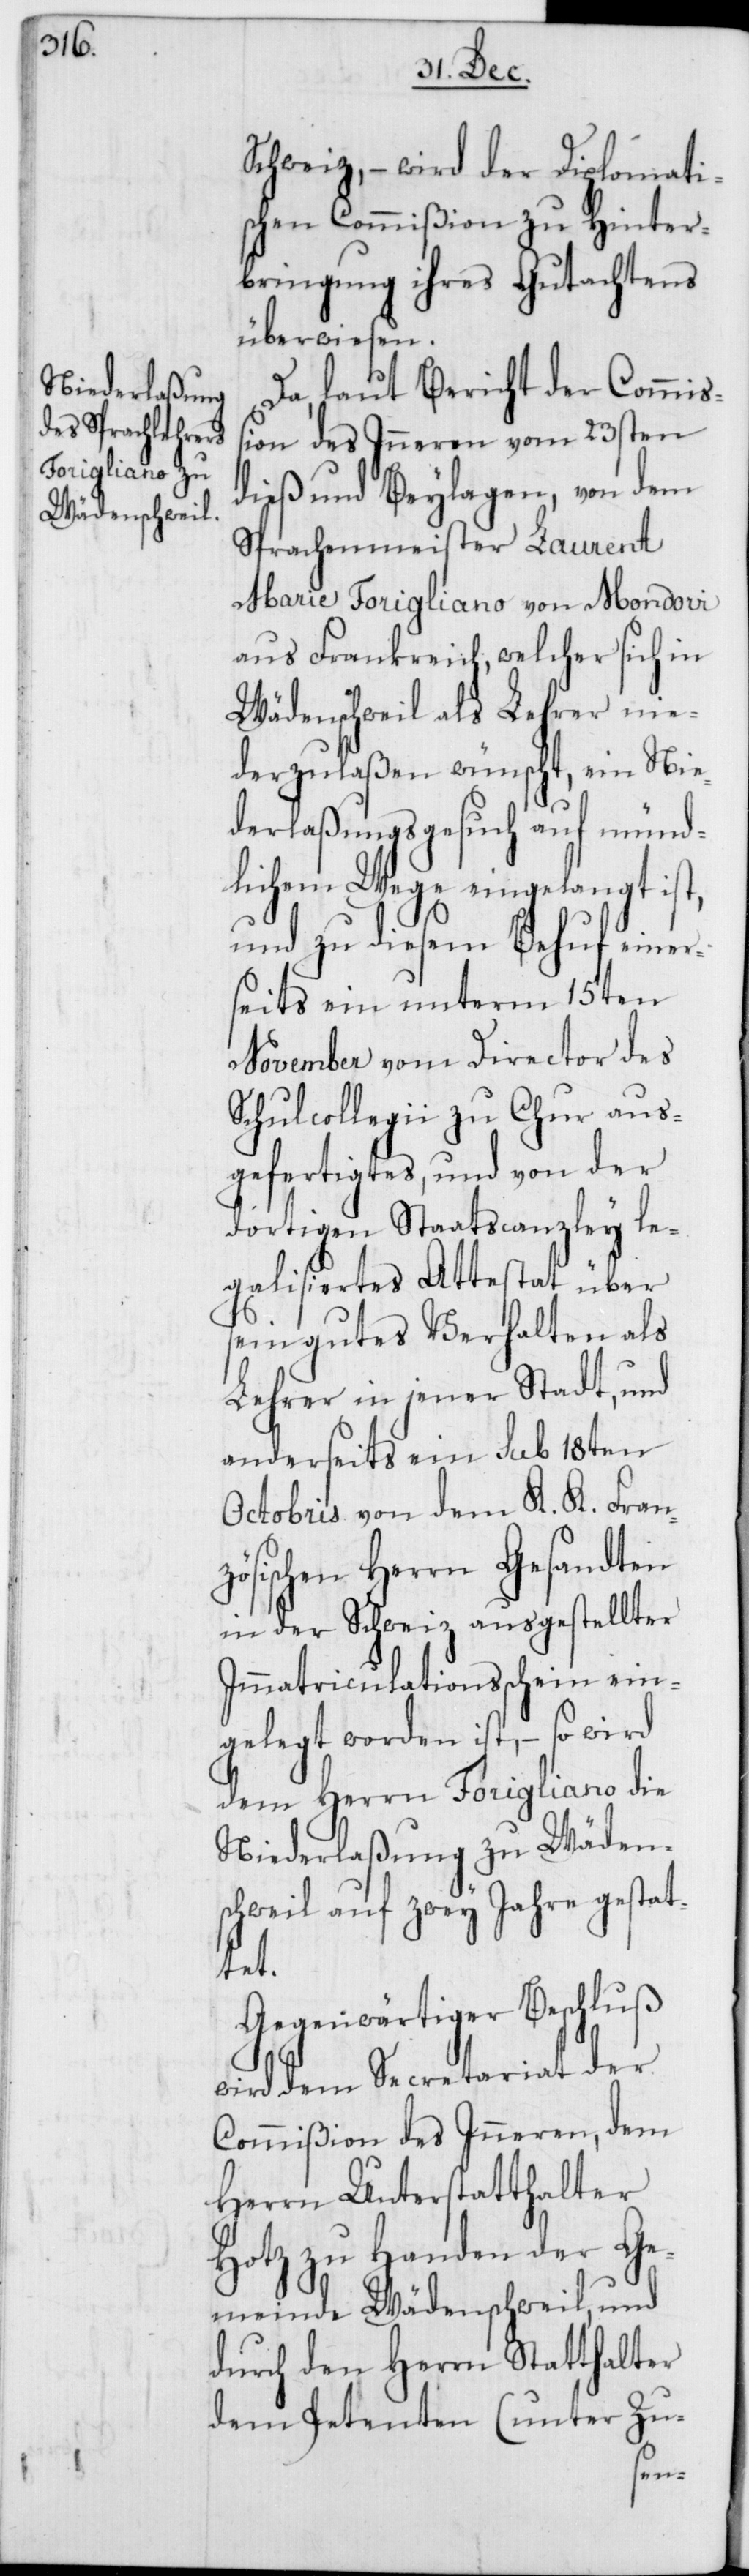
Schweiz, – wird der Diplomati¬
schen Commißion zu Hinter¬
bringung ihres Gutachtens
überwiesen.
Da, laut Bericht der Commiß¬
ion des Inneren vom 23sten
dieß und Beylagen, von dem
Sprachenmeister Laurent
Marie Torigliano von Mondovi
aus Frankreich, welcher sich in
Wädenschweil als Lehrer nie¬
derzulaßen wünscht, ein Nie¬
derlaßungsgesuch auf münd¬
lichem Wege eingelangt ist,
und zu diesem Behuf einer¬
seits ein unterm 15ten
November vom Director des
Schulcollegii zu Chur aus¬
gefertigtes, und von der
dortigen Staatscanzley le¬
galisiertes Attestat über
sein gutes Verhalten als
Lehrer in jener Stadt, und
anderseits ein sub 18ten
Octobris von dem K. K. Franz¬
ösischen Herrn Gesandten
in der Schweiz ausgestellter
Immatriculationsschein ein¬
gelegt worden ist, – so wird
dem Herrn Torigliano die
Niederlaßung zu Wäden¬
schweil auf zwey Jahre gestat¬
tet.
Gegenwärtiger Beschluß
wird dem Secretariat der
Commißion des Inneren, dem
Herrn Unterstatthalter
Hotz zu Handen der Ge¬
meinde Wädenschweil, und
durch den Herrn Statthalter
dem Petenten (unter Zu-